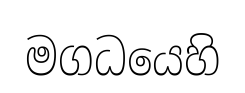
මගධයෙහි